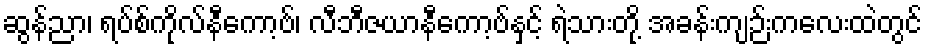
ဆွန်ညာ၊ ရပ်စ်ကိုလ်နီကော့ဗ်၊ လီဘီဇယာနီကော့ဗ်နှင့် ရဲသားတို့ အခန်းကျဉ်းကလေးထဲတွင်